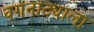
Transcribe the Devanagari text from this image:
वगनाट्याला